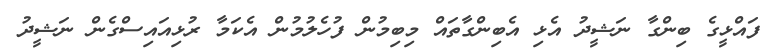
ފައްޅީގެ ބިންގާ ނަޝީދު އެޅި އެބިންގާތައް މިބިމުން ފުހެލުމުން އެކަމާ ރުޅިއައިސްގެން ނަޝީދު